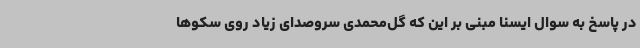
در پاسخ به سوال ایسنا مبنی بر این که گل‌محمدی سروصدای زیاد روی سکوها